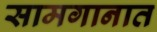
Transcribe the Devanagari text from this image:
सामगानात